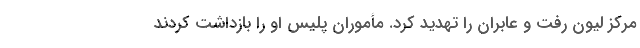
مرکز لیون رفت و عابران را تهدید کرد. مأموران پلیس او را بازداشت کردند